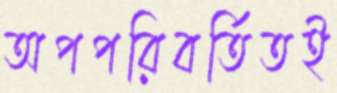
অপপরিবর্তিতই